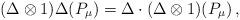
LaTeX: \begin{align*} (\Delta \otimes 1) \Delta(P_{\mu}) = \Delta \cdot (\Delta \otimes 1)(P_\mu )\, ,\end{align*}